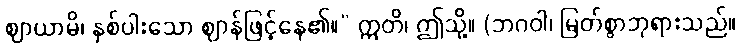
ဈာယာမိ၊ နှစ်ပါးသော ဈာန်ဖြင့်နေ၏။” ဣတိ၊ ဤသို့။ (ဘဂဝါ၊ မြတ်စွာဘုရားသည်။